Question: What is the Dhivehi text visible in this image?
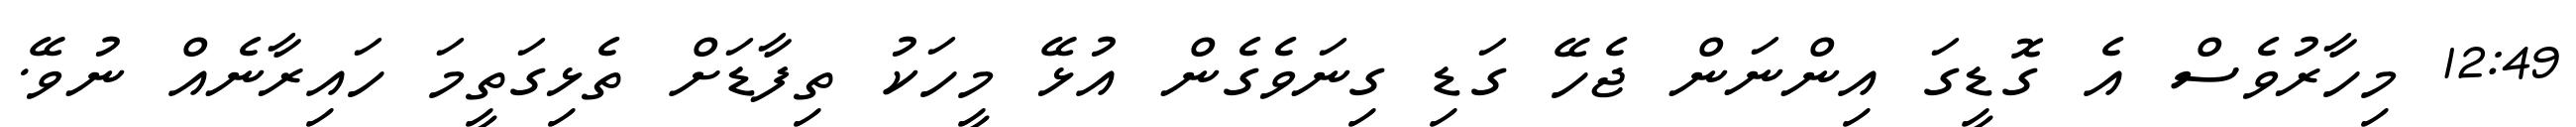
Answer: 12:49 މިހާރުވެސް އެ ގޮޑީގަ އިންނަން ޖެހޭ ގަޑި ގިނަވެގެން އުޅޭ މީހަކު ތިފާޑަށް ތެޅިގަތީމަ ހައިރާނެއް ނުވޭ.